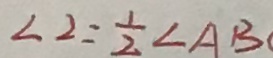
\angle 2 = \frac { 1 } { 2 } \angle A B